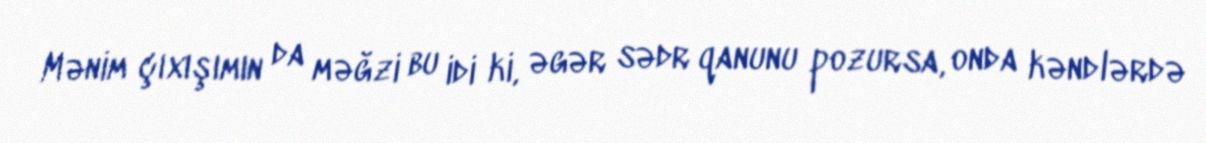
Mənim çıxışımın da məğzi bu idi ki, əgər sədr qanunu pozursa, onda kəndlərdə